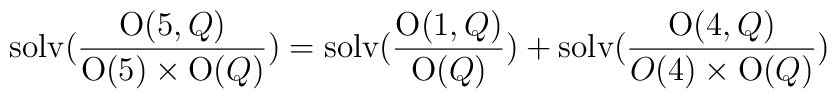
\hbox{solv}\bigl({\hbox{O}(5,Q)\over \hbox{O}(5)\times\hbox{O}(Q)}\bigr)=\hbox{solv}\bigl({\hbox{O}(1,Q)\over \hbox{O}(Q)}\bigr)+\hbox{solv}\bigl({\hbox{O}(4,Q)\over O(4)\times\hbox{O}(Q)}\bigr)